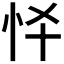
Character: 𢗛